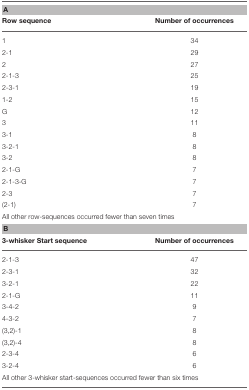
| <COLSPAN=2> A |
 | Row sequence | Number of occurrences |
 | --- | --- |
 | 1 | 34 |
 | 2-1 | 29 |
 | 2 | 27 |
 | 2-1-3 | 25 |
 | 2-3-1 | 19 |
 | 1-2 | 15 |
 | G | 12 |
 | 3 | 11 |
 | 3-1 | 8 |
 | 3-2-1 | 8 |
 | 3-2 | 8 |
 | 2-1-G | 7 |
 | 2-1-3-G | 7 |
 | 2-3 | 7 |
 | (2-1) | 7 |
 | <COLSPAN=2> All other row-sequences occurred fewer than seven times |
 | <COLSPAN=2> B |
 | 3-whisker Start sequence | Number of occurrences |
 | 2-1-3 | 47 |
 | 2-3-1 | 32 |
 | 3-2-1 | 22 |
 | 2-1-G | 11 |
 | 3-4-2 | 9 |
 | 4-3-2 | 7 |
 | (3,2)-1 | 8 |
 | (3,2)-4 | 8 |
 | 2-3-4 | 6 |
 | 3-2-4 | 6 |
 | <COLSPAN=2> All other 3-whisker start-sequences occurred fewer than six times |